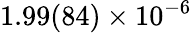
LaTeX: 1.99(84)\times 10^{-6}